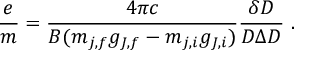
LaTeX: { \frac { e } { m } } = { \frac { 4 \pi c } { B ( m _ { j , f } g _ { J , f } - m _ { j , i } g _ { J , i } ) } } { \frac { \delta D } { D \Delta D } } \ .